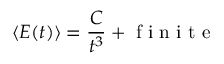
\langle E ( t ) \rangle = { \frac { C } { t ^ { 3 } } } + { \textrm { f i n i t e } }